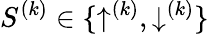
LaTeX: {S^{(k)}\in\{ \uparrow^{(k)},\downarrow^{(k)}\} }